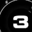
Digit: 3